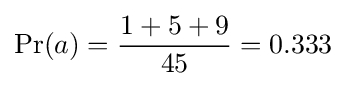
\Pr(a)={\frac {1+5+9}{45}}=0.333